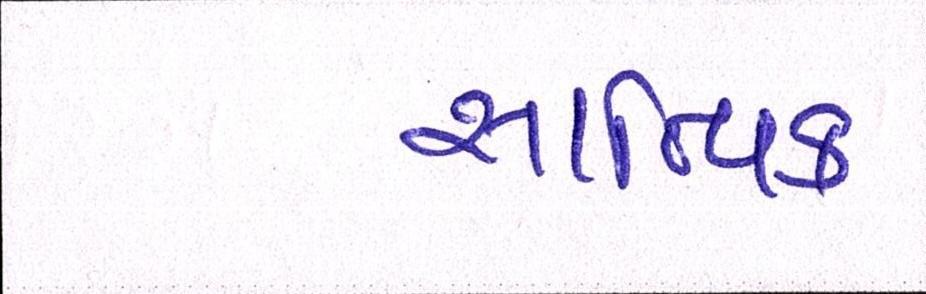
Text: સાત્ત્વિક